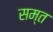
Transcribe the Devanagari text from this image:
सम्त